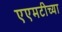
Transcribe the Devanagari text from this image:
एएमटीच्या